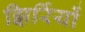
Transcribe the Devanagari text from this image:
झिर्रियों